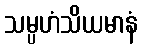
သမ္ပဟံသိယမာနံ